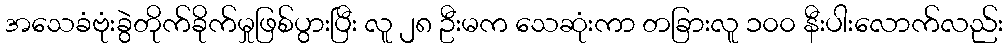
အသေခံဗုံးခွဲတိုက်ခိုက်မှုဖြစ်ပွားပြီး လူ ၂၈ ဦးမက သေဆုံးကာ တခြားလူ ၁၀၀ နီးပါးလောက်လည်း